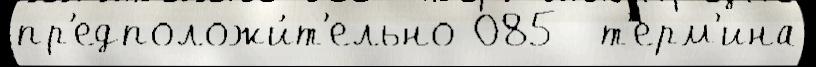
пр'едположи́т'ельно 085  т'ерм'ина